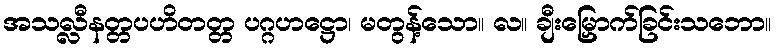
အသလ္လီနတ္တပဟိတတ္တ ပဂ္ဂဟဋ္ဌော၊ မတွန့်သော။ လ။ ချီးမြှောက်ခြင်းသဘော။